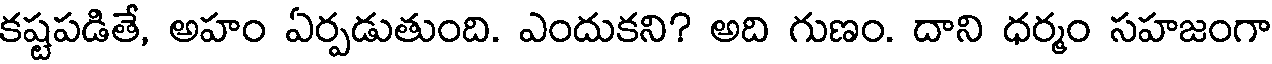
కష్టపడితే, అహం ఏర్పడుతుంది. ఎందుకని? అది గుణం. దాని ధర్మం సహజంగా